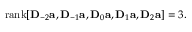
\mathrm { r a n k } [ \mathbf D _ { - 2 } \mathbf a , \mathbf D _ { - 1 } \mathbf a , \mathbf D _ { 0 } \mathbf a , \mathbf D _ { 1 } \mathbf a , \mathbf D _ { 2 } \mathbf a ] = 3 .